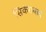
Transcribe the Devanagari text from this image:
सिकंराबाद